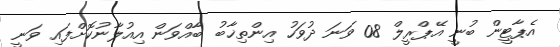
އެޕާޓީން ބުނީ އޭޕްރީލް 08 ވަނަ ދުވަހު އިންތިޚާބު ބާއްވަން އިއުލާނުކޮށްފައި ވަނީ